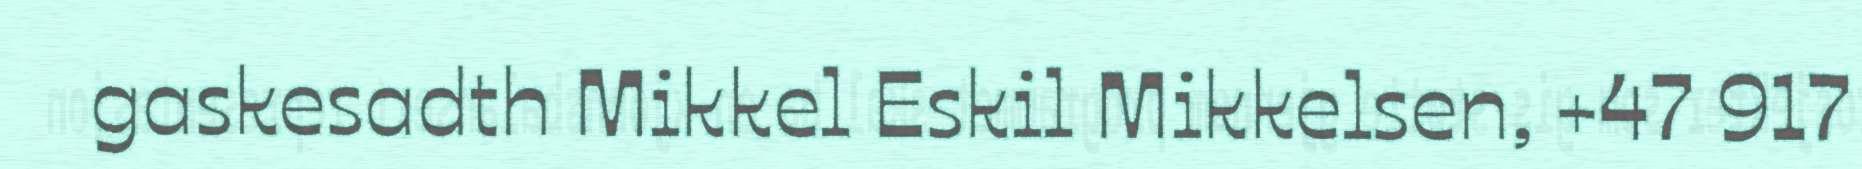
gaskesadth Mikkel Eskil Mikkelsen, +47 917